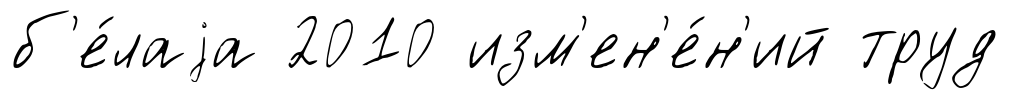
б'е́лаjа 2010 изм'ен'е́н'ий труд